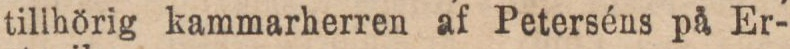
tillhörig kammarherren af Peterséns på Er-